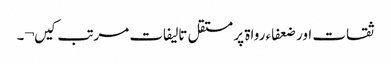
ثقات اور ضعفاء رواۃ پر مستقل تالیفات مرتب کیں¬۔